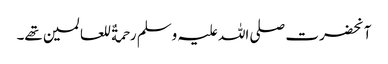
آنحضرت صلی اللہ علیہ وسلم رحمةٌ للعالمین تھے۔